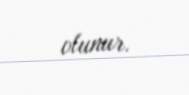
olunur.